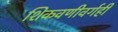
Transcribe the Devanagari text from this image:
शिकवणीवर्गही